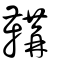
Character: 鞲